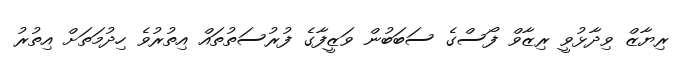
ރިޔާޒް ވިދާޅުވީ ރިޒާވް ފޯސްގެ ސަބަބުން ވަޒީފާގެ ފުރުސަތުތައް އިތުރުވެ ހިދުމަތަށް އިތުރު